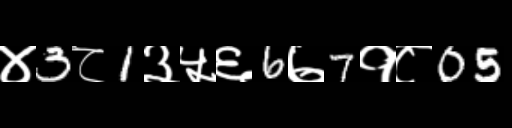
Text: ४3८1३५६6७7१८05